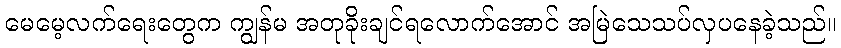
မေမေ့လက်ရေးတွေက ကျွန်မ အတုခိုးချင်ရလောက်အောင် အမြဲသေသပ်လှပနေခဲ့သည်။